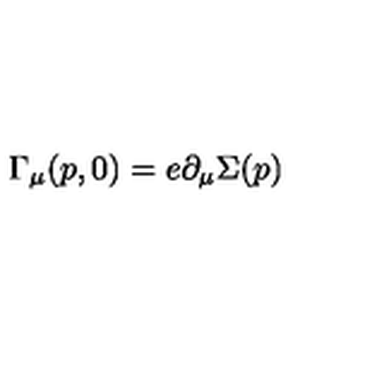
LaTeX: \Gamma _ { \mu } ( p , 0 ) = e \partial _ { \mu } \Sigma ( p )